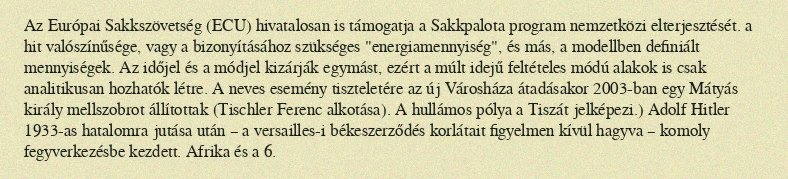
Az Európai Sakkszövetség (ECU) hivatalosan is támogatja a Sakkpalota program nemzetközi elterjesztését. a hit valószínűsége, vagy a bizonyításához szükséges "energiamennyiség", és más, a modellben definiált mennyiségek. Az időjel és a módjel kizárják egymást, ezért a múlt idejű feltételes módú alakok is csak analitikusan hozhatók létre. A neves esemény tiszteletére az új Városháza átadásakor 2003-ban egy Mátyás király mellszobrot állítottak (Tischler Ferenc alkotása). A hullámos pólya a Tiszát jelképezi.) Adolf Hitler 1933-as hatalomra jutása után – a versailles-i békeszerződés korlátait figyelmen kívül hagyva – komoly fegyverkezésbe kezdett. Afrika és a 6.